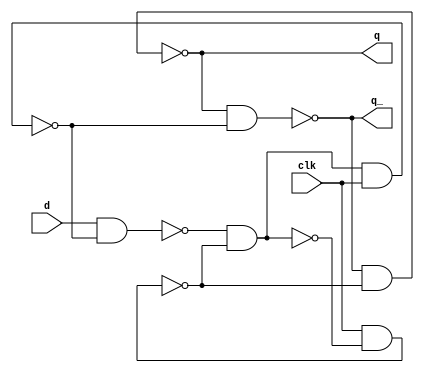
`timescale 1ns / 1ps
module DFF(q,q_,d,clk);
input d ;
input clk ;           
output q ;
output q_ ;           
wire w_1,w_2,w_3,w_4 ;           
nand a(w_1,d,w_4);
nand b(w_4,w_2,w_1,clk); 
nand c(w_2,clk,w_3);
nand l(w_3,w_1,w_2);
nand e(q,q_,w_2) ;
nand f(q_,q,w_4) ;
endmodule